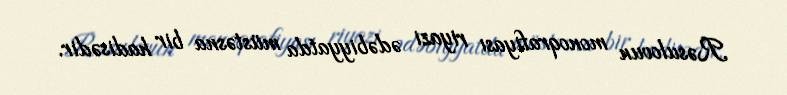
Rəsulovun monoqrafiyası riyazi ədəbiyyatda müstəsna bir hadisədir.